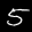
Label: 5